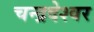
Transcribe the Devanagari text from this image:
चन्द्रदेश्वर